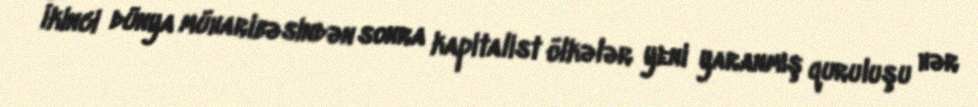
İkinci dünya müharibəsindən sonra kapitalist ölkələr yeni yaranmış quruluşu hər